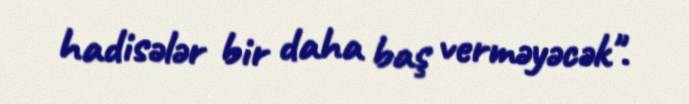
hadisələr bir daha baş verməyəcək".